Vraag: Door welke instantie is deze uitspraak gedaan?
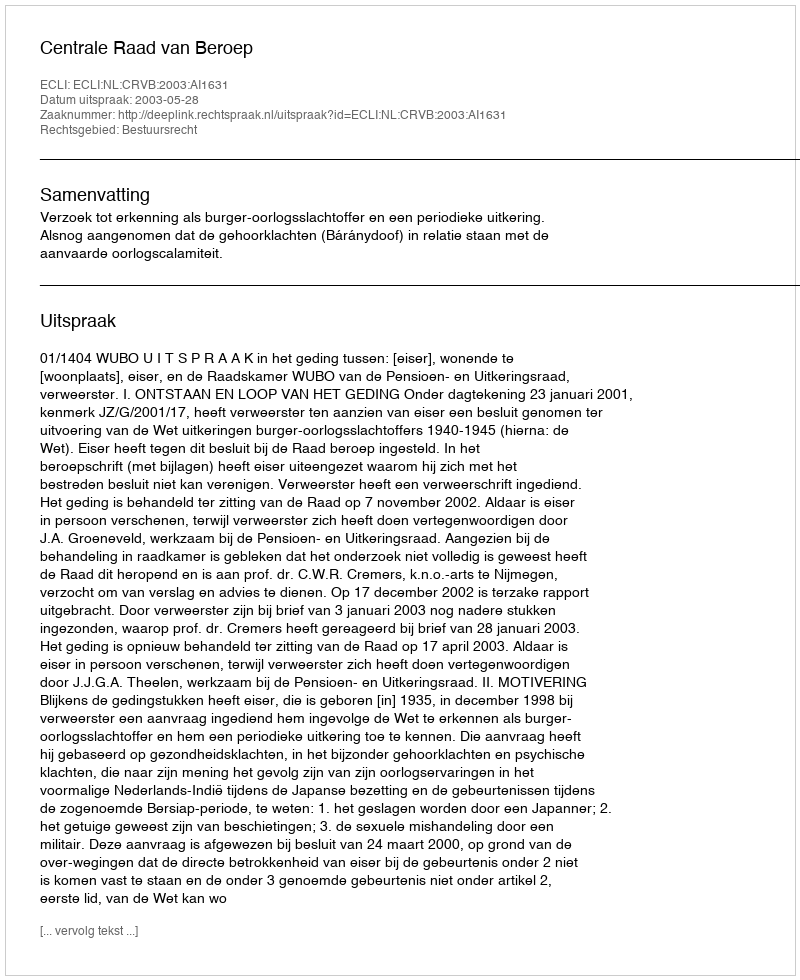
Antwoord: Centrale Raad van Beroep